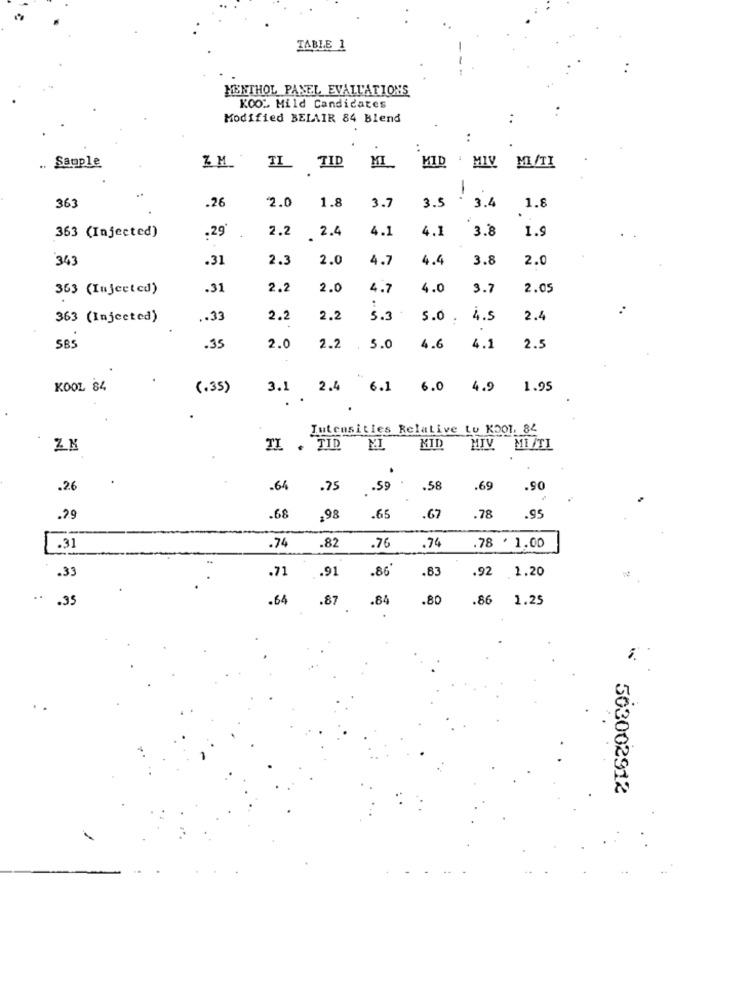
TABLE 1
MENTHOL PANEL EVALUATIONS
KOOS Mild Candidates
Modified BELAIR 84 Blend
:
Sauple
ZM
IL TID
MI_
KID ' MIV ML/TI
1.8
363
.26
2.0
1.8
3.7
3.5
3.4
363 (Injected)
2.2
2.4
4.1
4.1
3.8
1.
.29*
343
.31
2.3
2.0
4.7
4.4
3.8
2.0
363 (Injected)
.31
2.2
2.0
4.7
4.0
3.7
2.05
:
363 (Injected)
.. 33
2.2
2.2
5.3
5.0 .
4.5
2.4
SB5
.35
2.0
2.2
5.0
4.6
4.1
2.5
KOOL 84
(.35)
3.1 2.4 6.1
6.0 4.9
1.95
Intensities Relative to KOOT, 84
ZN
TI . TID
MI
MID
MIV. MI/TL
.26
-64
.75
.59
.58
.69
.90
.65
.29
.68
,98
.67
.78
.95
,74
.31
.74
.82
.76
.78 . 1.00
.. 91
.86*
.83
.33
.71
.92 1.20
.35
.64
.84
.80
.86 1.25
.87
563002912